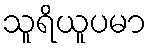
သူရိယူပမာ